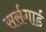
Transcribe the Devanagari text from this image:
सर्सगार्ड